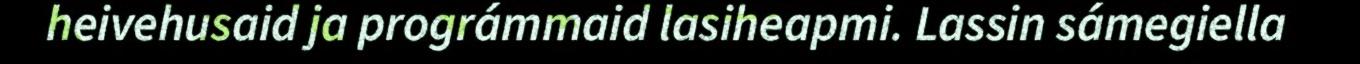
heivehusaid ja prográmmaid lasiheapmi. Lassin sámegiella